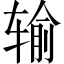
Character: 输